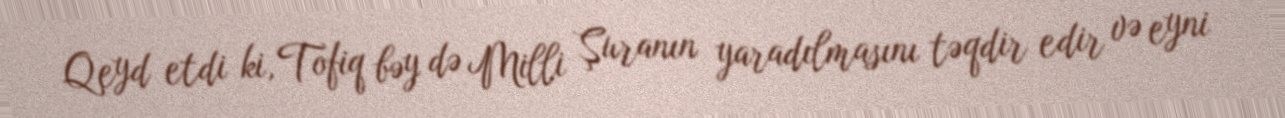
Qeyd etdi ki, Tofiq bəy də Milli Şuranın yaradılmasını təqdir edir və eyni